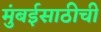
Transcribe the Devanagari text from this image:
मुंबईसाठीची